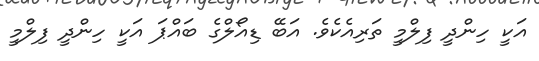
އަކީ ހިންދީ ފިލްމީ ތަރިއެކެވެ. އަބޭ ޑިއޯލްގެ ބައްޕަ އަކީ ހިންދީ ފިލްމީ